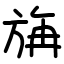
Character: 㫋